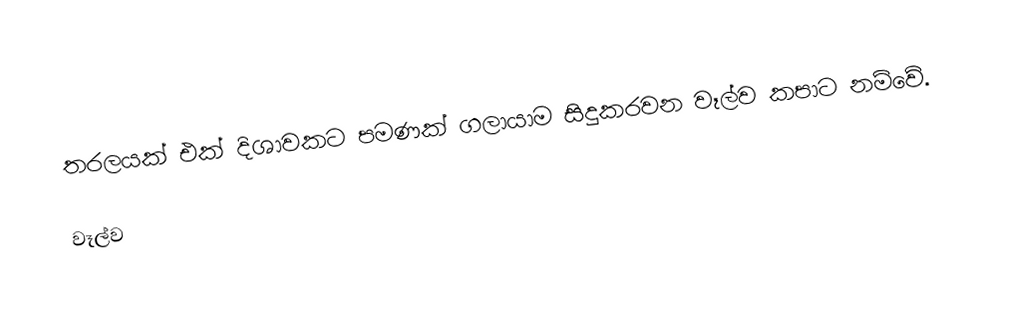
තරලයක් එක් දිශාවකට පමණක් ගලායාම සිදුකරවන වෑල්ව කපාට නම්වේ.

වෑල්ව